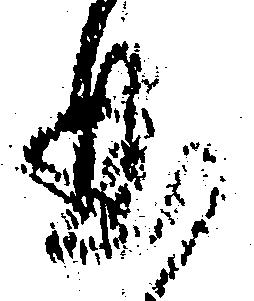
曲